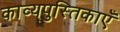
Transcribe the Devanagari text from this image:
काव्यपुस्तिकाएँ